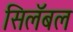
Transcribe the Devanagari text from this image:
सिलॅबल